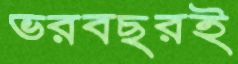
ভরবছরই